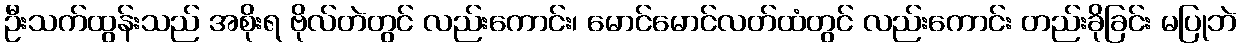
ဦးသက်ထွန်းသည် အစိုးရ ဗိုလ်တဲတွင် လည်းကောင်း၊ မောင်မောင်လတ်ထံတွင် လည်းကောင်း တည်းခိုခြင်း မပြုဘဲ